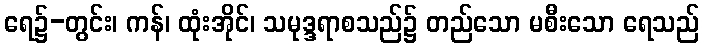
ရေ၌-တွင်း၊ ကန်၊ ထုံးအိုင်၊ သမုဒ္ဒရာစသည်၌ တည်သော မစီးသော ရေသည်